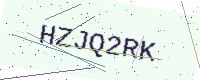
Text: HZJQ2RK